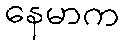
နေမာက